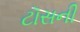
ટૉસની